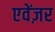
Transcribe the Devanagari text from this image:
एवेंज़र